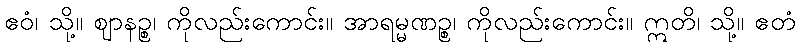
ဧဝံ၊ သို့။ ဈာနဉ္စ၊ ကိုလည်းကောင်း။ အာရမ္မဏဉ္စ၊ ကိုလည်းကောင်း။ ဣတိ၊ သို့။ ဧတံ